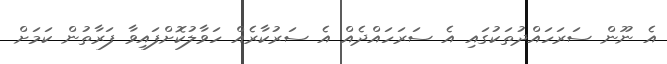
އެ ނޫން ސަރަހައްދުތަކުގައި އެ ސަރަހައްދެއް އެ ސަރުކާރެއް ހަވާލުކޮށްފައިވާ ފަރާތުން ކަމަށް